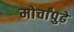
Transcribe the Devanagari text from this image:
मोर्चांपुढे